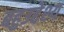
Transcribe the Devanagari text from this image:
बहुउद्देश्य